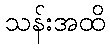
သန်းအထိ